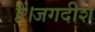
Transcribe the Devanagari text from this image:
हैं।जगदीश